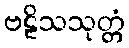
ဗဠိသသုတ္တံ